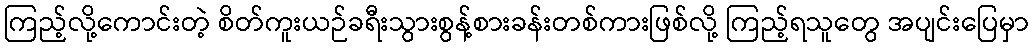
ကြည့်လို့ကောင်းတဲ့ စိတ်ကူးယဉ်ခရီးသွားစွန့်စားခန်းတစ်ကားဖြစ်လို့ ကြည့်ရသူတွေ အပျင်းပြေမှာ